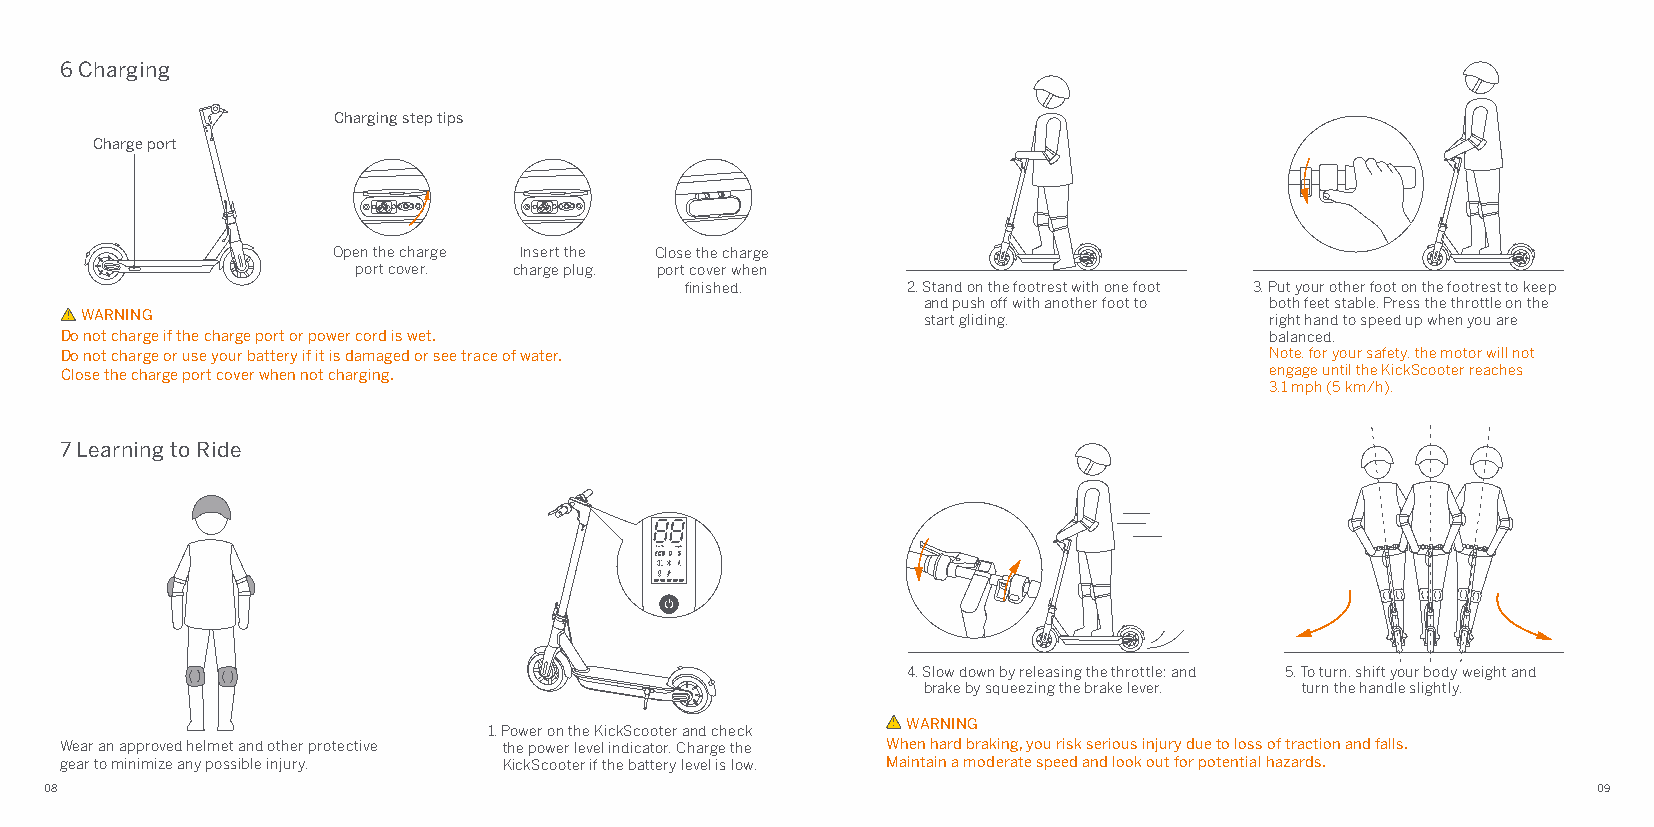
6 Charging
 Charging step tips
 Charge port
 Open the charge Insert the Close the charge
 port cover. charge plug. port cover when
 finished.      2. Stand on the footrest with one foot 3. Put your other foot on the footrest to keep
 and push off with another foot to both feet stable. Press the throttle on the
 WARNING                                                 start gliding.         right hand to speed up when you are
 Do not charge if the charge port or power cord is wet.                          balanced.
 Do not charge or use your battery if it is damaged or see trace of water.       Note, for your safety, the motor will not
 Close the charge port cover when not charging.                                  engage until the KickScooter reaches
 3.1 mph (5 km/h).
 7 Learning to Ride
 4. Slow down by releasing the throttle; and 5. To turn, shift your body weight and
 brake by squeezing the brake lever. turn the handle slightly.
 WARNING
 1. Power on the KickScooter and check
 Wear an approved helmet and other protective the power level indicator. Charge the When hard braking, you risk serious injury due to loss of traction and falls.
 gear to minimize any possible injury. KickScooter if the battery level is low. Maintain a moderate speed and look out for potential hazards.
 08                                                                                                     09